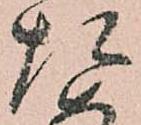
た